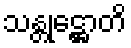
သန္တုဋ္ဌောတိ